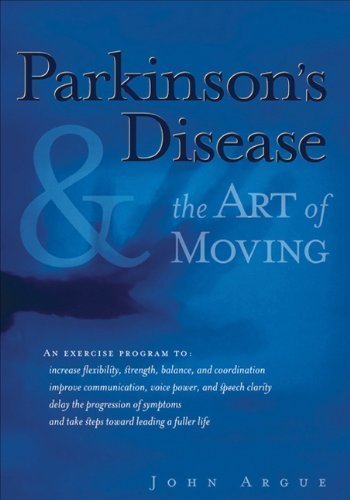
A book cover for Parkinson's Disease and the Art of Moving 1st (first) Edition by Argue, John (2000); Health, Fitness & Dieting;